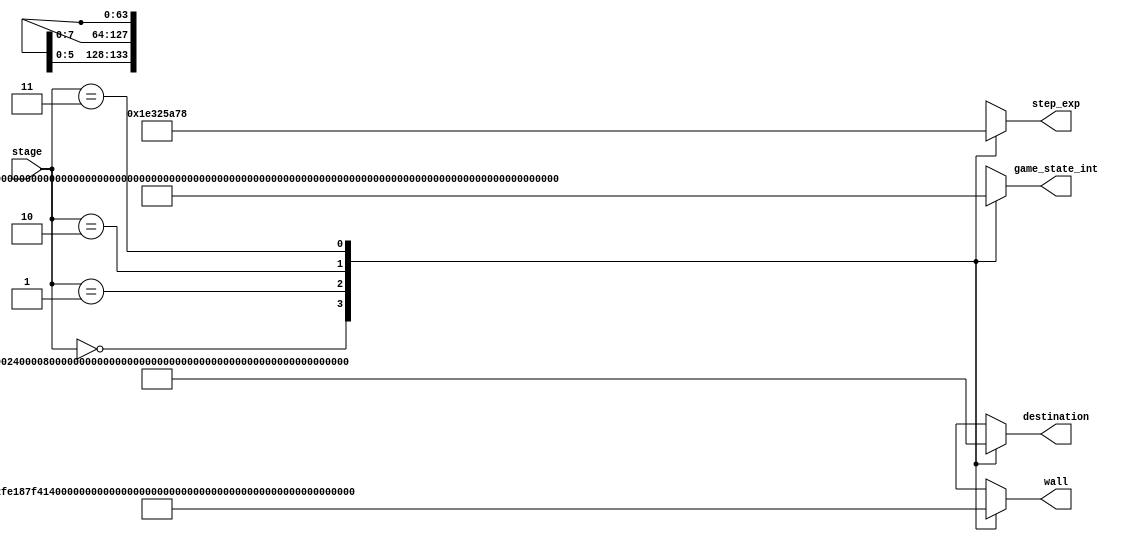
//==================================================================================================
//  Revision      : 
//  Company       : College of Information Science and Electronic Engineering, Zhejiang University
//
//  Description   : init the game stage, may use rom to improve this module
//
//
//==================================================================================================
module game_init(stage,wall,destination,game_state_int,step_exp);
	// temporarily using the design described in the textbook, may using rom for improve
	input[1:0] stage;
	output[63:0] wall,destination;
	output[133:0] game_state_int;
	output[7:0] step_exp;
	reg[63:0] wall,destination;
	reg[133:0] game_state_int;
	reg[7:0] step_exp;
	always @(*) begin
		case(stage)
			0: begin
				wall=64'h3828_2fe1_87f4_141c;
				destination=64'h0010_0002_4000_0800;
				game_state_int={64'h0010_001A_5008_0800,64'h0000_1004_2800_0000,3'o4,3'o4};
				step_exp=8'd30;
			end
			1: begin
				wall=64'h7e42_4246_6622_263c;
				destination=64'h003c_0400_0000_0000;
				game_state_int={64'h002c_3428_1014_1800,64'h0010_0810_0808_0000,3'o2,3'o2};
				step_exp=8'd50;
			end
			2: begin
				wall=64'hFF9181838191FF00;
				destination=64'h0000181818000000;
				game_state_int={64'h006E5A545A6E0000,64'h0000242824000000,6'o46};
				step_exp=8'd90;
			end
			3: begin
				wall=64'hFF8189C34266243C;
				destination=64'h20101800;
				game_state_int={64'h7E46342C181800,64'h300810000000,6'o63};
				step_exp=8'd120;
			end
		endcase
	end
endmodule